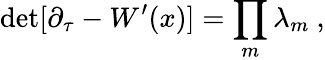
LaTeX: \mathrm{{det}}[\partial_{\tau}-W^{\prime}(x)]=\prod_{m}\lambda_{m}~,